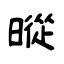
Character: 暰